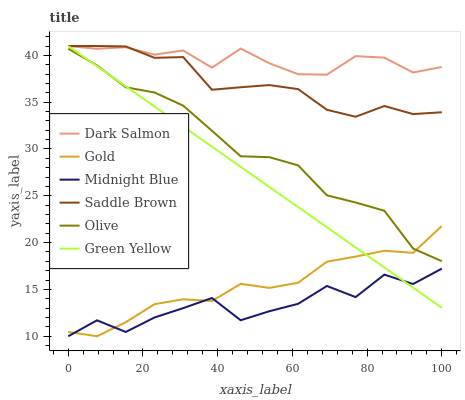
| xaxis_label | Dark Salmon | Gold | Midnight Blue | Saddle Brown | Olive | Green Yellow |
 | --- | --- | --- | --- | --- | --- | --- |
 | 0 | 41 | 10.5 | 10 | 41 | 40.7 | 41 |
 | 7.69 | 40.7 | 10 | 11.7 | 41 | 38.9 | 38.8 |
 | 15.4 | 40.9 | 11.5 | 10.5 | 41 | 36.6 | 36.7 |
 | 23.1 | 40.1 | 13.4 | 12 | 39.7 | 36 | 34.5 |
 | 30.8 | 40.5 | 13.9 | 13 | 39.8 | 34.6 | 32.4 |
 | 38.5 | 38.7 | 13.8 | 14.1 | 36.3 | 31.9 | 30.2 |
 | 46.2 | 40.7 | 15.6 | 11.7 | 36.6 | 29.2 | 28.1 |
 | 53.8 | 39.2 | 15.2 | 12.7 | 36.8 | 29.1 | 25.9 |
 | 61.5 | 38 | 15.7 | 13.5 | 36.4 | 28.3 | 23.8 |
 | 69.2 | 37.9 | 18 | 15.4 | 34.2 | 25.1 | 21.6 |
 | 76.9 | 39.9 | 18.5 | 14.2 | 33.4 | 24.3 | 19.5 |
 | 84.6 | 39.8 | 19.1 | 16.6 | 34.6 | 23.4 | 17.3 |
 | 92.3 | 38.2 | 18.9 | 15.6 | 33.7 | 19.4 | 15.2 |
 | 100 | 38.8 | 21.8 | 17.2 | 33.9 | 18 | 13 |